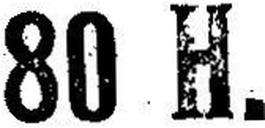
80 H.